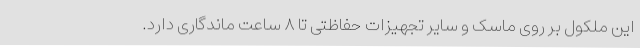
این ملکول بر روی ماسک و سایر تجهیزات حفاظتی تا ۸ ساعت ماندگاری دارد.